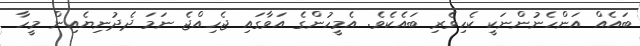
ބައެއް އަންހެނުންނަކީ ކެހިވެރި ބައެކެވެ. އެމީހުންގެ އަވާގައި ޖެހިއްޖެ ނަމަ ދެދުނިޔެއިން މީހާ